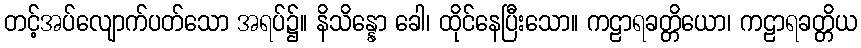
တင့်အပ်လျောက်ပတ်သော အရပ်၌။ နိသိန္နော ခေါ၊ ထိုင်နေပြီးသော။ ကဠာရခတ္တိယော၊ ကဠာရခတ္တိယ